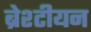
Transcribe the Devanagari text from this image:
ब्रेश्टीयन